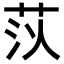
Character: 𦮟